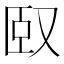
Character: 𠭃